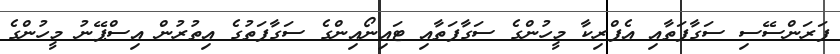
ފަރަންސޭސި ސަގާފަތާއި އެފްރިކާ މީހުންގެ ސަގާފަތާއި ޓައިނޯއިންގެ ސަގާފަތުގެ އިތުރުން އިސްޕޭނު މީހުންގެ